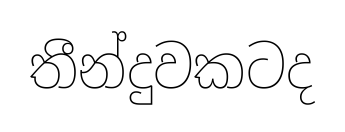
තීන්දුවකටද